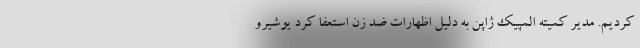
کردیم. مدیر کمیته المپیک ژاپن به دلیل اظهارات ضد زن استعفا کرد یوشیرو